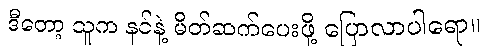
ဒီတော့ သူက နင်နဲ့ မိတ်ဆက်ပေးဖို့ ပြောလာပါရော။